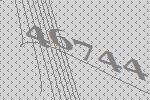
46744